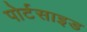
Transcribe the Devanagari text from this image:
पोर्टसाइड